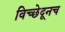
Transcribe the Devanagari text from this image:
विच्छेदूनच